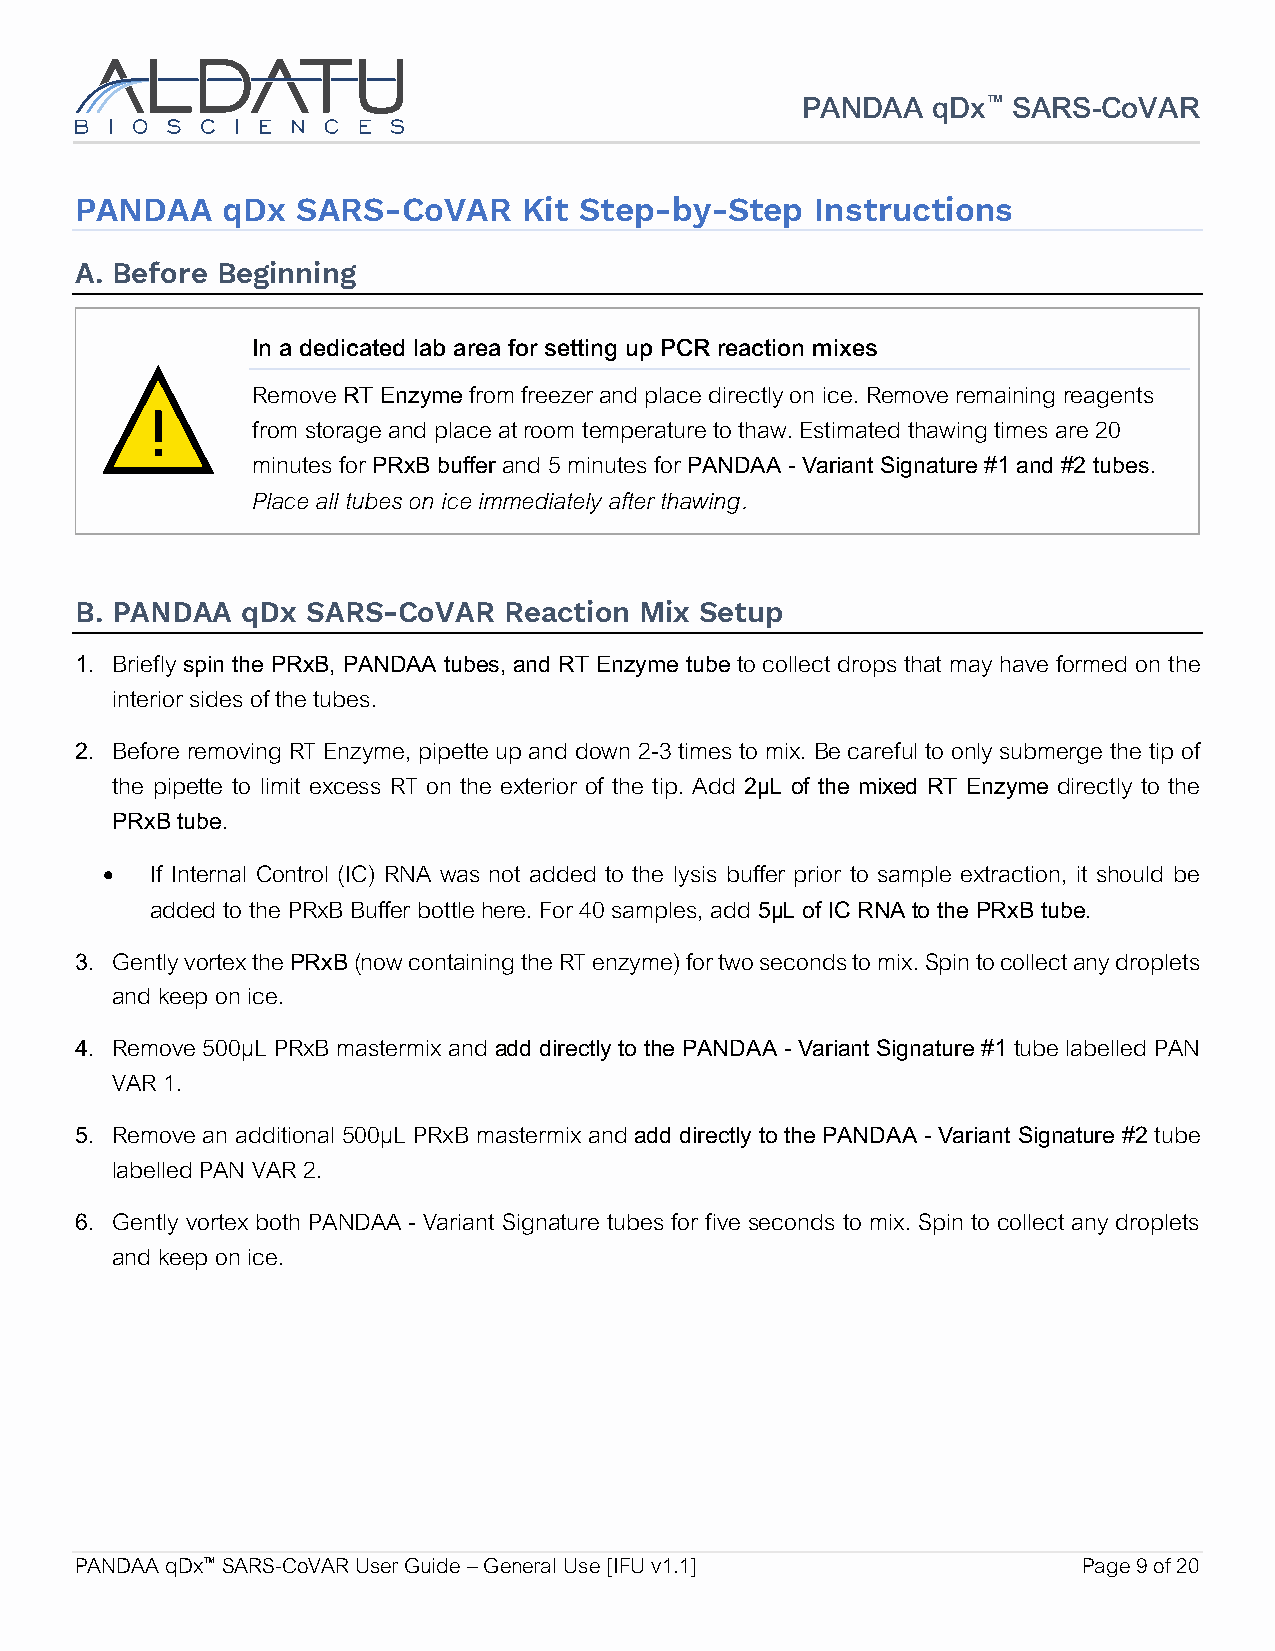
PANDAA   qDx™ SARS-CoVAR
 PANDAA    qDx  SARS-CoVAR     Kit Step-by-Step   Instructions
 A. Before Beginning
 In a dedicated lab area for setting up PCR reaction mixes
 ���
 Remove RT Enzyme from freezer and place directly on ice. Remove remaining reagents
 from storage and place at room temperature to thaw. Estimated thawing times are 20
 minutes for PRxB buffer and 5 minutes for PANDAA - Variant Signature #1 and #2 tubes.
 Place all tubes on ice immediately after thawing.
 B. PANDAA  qDx SARS-CoVAR   Reaction Mix Setup
 1. Briefly spin the PRxB, PANDAA tubes, and RT Enzyme tube to collect drops that may have formed on the
 interior sides of the tubes.
 2. Before removing RT Enzyme, pipette up and down 2-3 times to mix. Be careful to only submerge the tip of
 the pipette to limit excess RT on the exterior of the tip. Add 2µL of the mixed RT Enzyme directly to the
 PRxB tube.
 •  If Internal Control (IC) RNA was not added to the lysis buffer prior to sample extraction, it should be
 added to the PRxB Buffer bottle here. For 40 samples, add 5µL of IC RNA to the PRxB tube.
 3. Gently vortex the PRxB (now containing the RT enzyme) for two seconds to mix. Spin to collect any droplets
 and keep on ice.
 4. Remove 500µL PRxB mastermix and add directly to the PANDAA - Variant Signature #1 tube labelled PAN
 VAR 1.
 5. Remove an additional 500µL PRxB mastermix and add directly to the PANDAA - Variant Signature #2 tube
 labelled PAN VAR 2.
 6. Gently vortex both PANDAA - Variant Signature tubes for five seconds to mix. Spin to collect any droplets
 and keep on ice.
 PANDAA qDx™ SARS-CoVAR User Guide – General Use [IFU v1.1]         Page 9 of 20